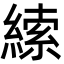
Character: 䌇